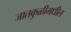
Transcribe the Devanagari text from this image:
जातकुळीमधील